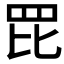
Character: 𦊁